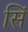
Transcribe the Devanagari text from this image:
सिं